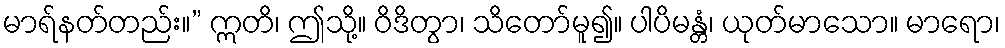
မာရ်နတ်တည်း။” ဣတိ၊ ဤသို့။ ဝိဒိတွာ၊ သိတော်မူ၍။ ပါပိမန္တံ၊ ယုတ်မာသော။ မာရော၊